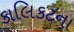
કાલિકટના